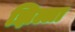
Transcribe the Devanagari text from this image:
झिल्ला